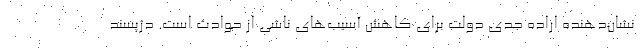
نشان‌دهنده اراده جدی دولت برای کاهش آسیب‌های ناشی از حوادث است. دژپسند